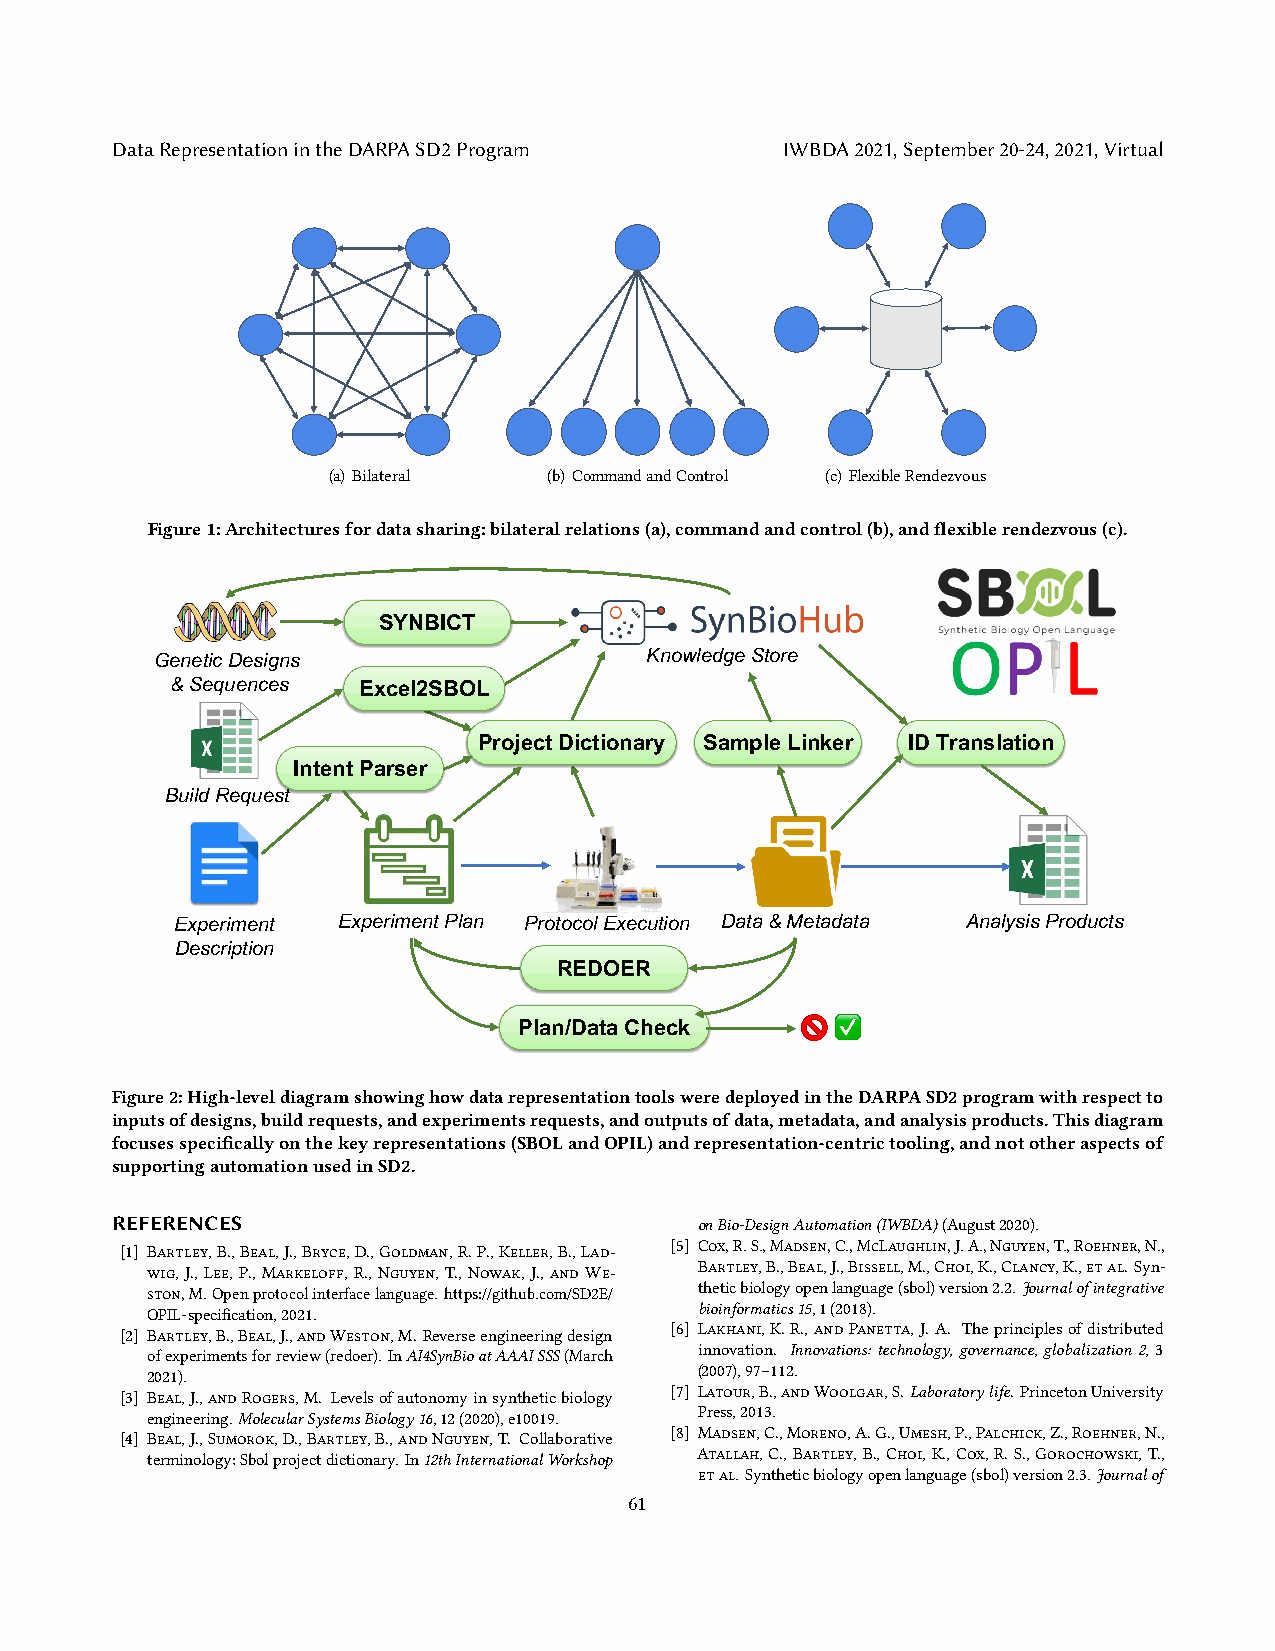
DataRepresentationintheDARPASD2Program       IWBDA2021,September20-24,2021,Virtual
 (a) Bilateral (b) CommandandControl (c) FlexibleRendezvous
 Figure1:Architecturesfordatasharing:bilateralrelations(a),commandandcontrol(b),andflexiblerendezvous(c).
 SYNBICT
 Genetic Designs                  Knowledge Store
 & Sequences  Excel2SBOL
 Project Dictionary Sample Linker ID Translation
 Intent Parser
 Build Request
 Experiment Experiment Plan Protocol Execution Data & Metadata Analysis Products
 Description
 REDOER
 Plan/Data Check      ✅
 Figure2:High-leveldiagramshowinghowdatarepresentationtoolsweredeployedintheDARPASD2programwithrespectto
 inputsofdesigns,buildrequests,andexperimentsrequests,andoutputsofdata,metadata,andanalysisproducts.Thisdiagram
 focusesspecificallyonthekeyrepresentations(SBOLandOPIL)andrepresentation-centrictooling,andnototheraspectsof
 supportingautomationusedinSD2.
 REFERENCES                             onBio-DesignAutomation(IWBDA)(August2020).
 [1] Bartley,B.,Beal,J.,Bryce,D.,Goldman,R.P.,Keller,B.,Lad- [5] Cox,R.S.,Madsen,C.,McLaughlin,J.A.,Nguyen,T.,Roehner,N.,
 wig, J., Lee, P., Markeloff, R., Nguyen, T., Nowak, J., and We- Bartley,B.,Beal,J.,Bissell,M.,Choi,K.,Clancy,K.,etal. Syn-
 ston,M.Openprotocolinterfacelanguage.https://github.com/SD2E/ theticbiologyopenlanguage(sbol)version2.2.Journalofintegrative
 OPIL-specification,2021.            bioinformatics15,1(2018).
 [2] Bartley,B.,Beal,J.,andWeston,M.Reverseengineeringdesign [6] Lakhani,K.R.,andPanetta,J.A. Theprinciplesofdistributed
 ofexperimentsforreview(redoer).InAI4SynBioatAAAISSS(March innovation. Innovations:technology,governance,globalization2,3
 2021).                              (2007),97–112.
 [3] Beal,J.,andRogers,M. Levelsofautonomyinsyntheticbiology [7] Latour,B.,andWoolgar,S.Laboratorylife.PrincetonUniversity
 engineering.MolecularSystemsBiology16,12(2020),e10019. Press,2013.
 [4] Beal,J.,Sumorok,D.,Bartley,B.,andNguyen,T. Collaborative [8] Madsen,C.,Moreno,A.G.,Umesh,P.,Palchick,Z.,Roehner,N.,
 terminology:Sbolprojectdictionary.In12thInternationalWorkshop Atallah,C.,Bartley,B.,Choi,K.,Cox,R.S.,Gorochowski,T.,
 etal.Syntheticbiologyopenlanguage(sbol)version2.3.Journalof
 61